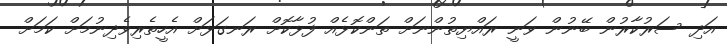
އަދި ސަރުކާރުން ބޭނުން ވަނީ ރައްޔިތުންނަށް ތަންކޮޅެއް ފުޅާކޮށް ރަނގަޅަށް އެހީތެރިވެދިނުމަށް ކަމަށް